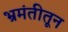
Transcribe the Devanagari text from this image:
भ्रमंतीतून